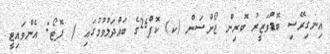
އިނގިރޭސި ބޮޑުވަޒީރު ބޮރިން ޖޯންސަން (ކ) ކޮޕް26ގެ ބައްދަލުވުމުގައި / ފޮޓޯ: އެންވައިޓީ